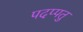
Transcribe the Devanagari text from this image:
पदप्पतु